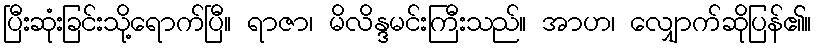
ပြီးဆုံးခြင်းသို့ရောက်ပြီ။ ရာဇာ၊ မိလိန္ဒမင်းကြီးသည်။ အာဟ၊ လျှောက်ဆိုပြန်၏။